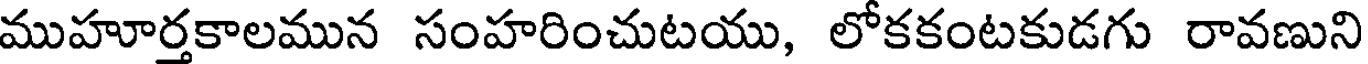
ముహూర్తకాలమున సంహరించుటయు, లోకకంటకుడగు రావణుని